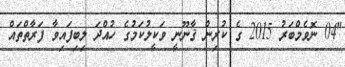
"04 ނޮވެމްބަރު 2015 ގެ ކުރިން ޤާނޫނީ ވަކީލުކަމުގެ ހުއްދަ ލިބިފައިވާ ފަރާތްތައް